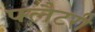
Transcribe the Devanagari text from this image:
फ्लैटरी